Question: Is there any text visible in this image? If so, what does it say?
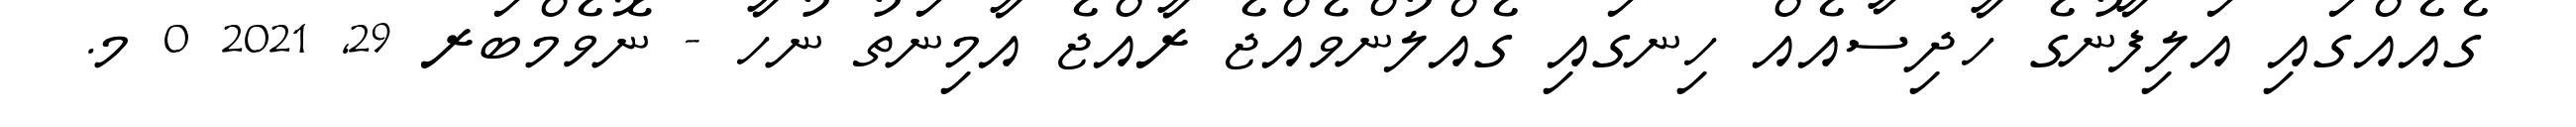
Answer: ގެއެއްގައި އަލިފާނުގެ ހާދިސާއެއް ހިނގައި ގެއްލުންވެއްޖެ ރާއްޖެ އާމިނަތު ނުހާ - ނޮވެމްބަރ 29, 2021 0 މ.